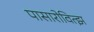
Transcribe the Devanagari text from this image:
पासारोवित्झ